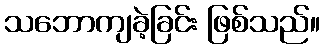
သဘောကျခဲ့ခြင်း ဖြစ်သည်။